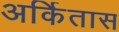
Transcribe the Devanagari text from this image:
अर्कितास